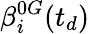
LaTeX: \beta_{i}^{0G}(t_{d})